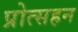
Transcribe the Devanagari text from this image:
प्रोत्सहन